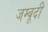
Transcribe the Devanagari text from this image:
जम्बूदी